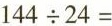
$$1 4 4 \div 2 4 =$$